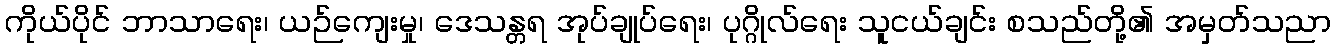
ကိုယ်ပိုင် ဘာသာရေး၊ ယဉ်ကျေးမှု၊ ဒေသန္တရ အုပ်ချုပ်ရေး၊ ပုဂ္ဂိုလ်ရေး သူငယ်ချင်း စသည်တို့၏ အမှတ်သညာ